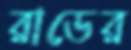
রাডের